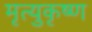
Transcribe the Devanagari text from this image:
मृत्युकृष्ण